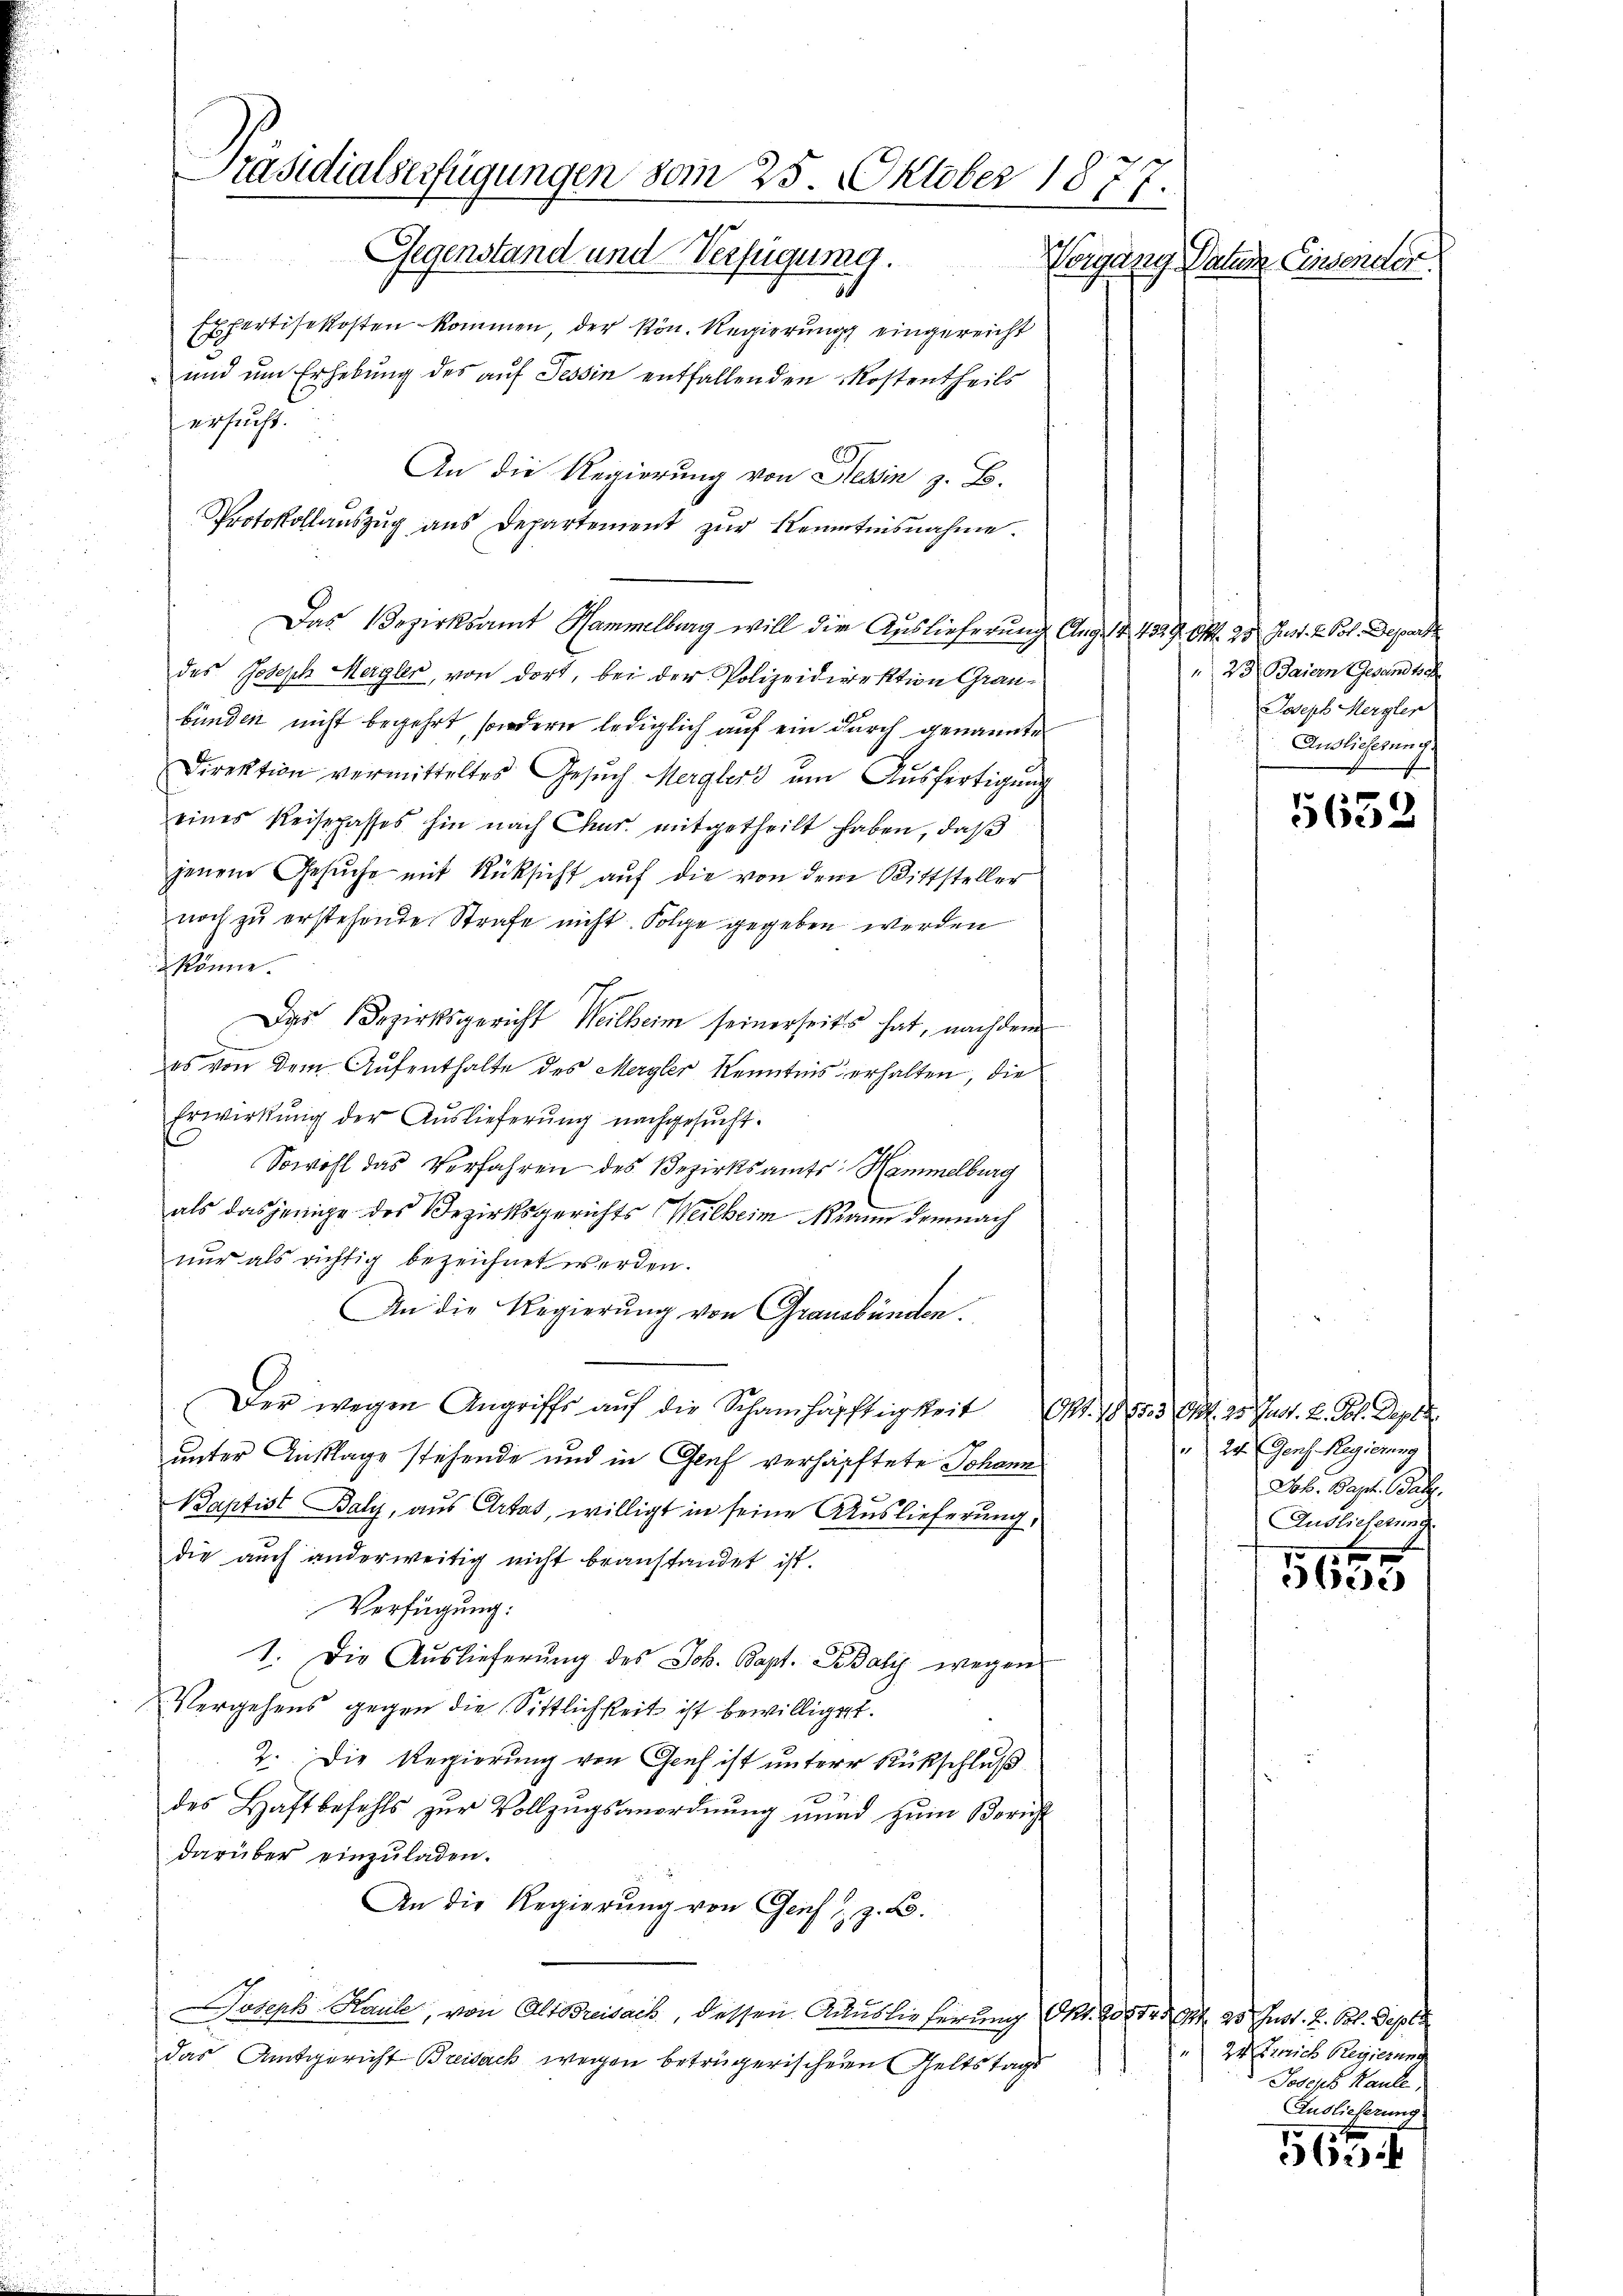
Präsidialserfügungen vom 25. Oktober 1877.
Gegenstand und Verfügung.
Norgang Vater Einsender.

Expertisekosten kommen, der kön. Regierung eingereicht
und um Erhebung des auf Tessin entfallenden Kostentheils
ersucht.
An die Regierung von Tessin z. B.
Das Bezirksamt Hammelburg will die Auslieferung Aug. 14. 4329. Okt. 25. Just. 2 Pol. Depart
des Joseph Mergler, von dort, bei der Polizeidirektion Graubunden nicht begehrt, sondern lediglich auf ein durch genannte
Direktion vermitteltes Gesŭch Merglers ŭm Aŭsfertigŭng
eines Reisehasses hin nach Chur mitgetheilt haben, daβ
jenem Gesŭche mit Rücksicht aŭf die von dem Bittsteller
noch zu erstehende Strafe nicht. Folge gegeben werden
könne.
Das Bezirksgericht Weilheim seinerseits hat, nach dem
es von dem Aufenthalte des Mergler Kenntnis erhalten, die
Erwirkŭng der Auslieferŭng nachgesŭcht.
Sowohl das Verfahren des Bezirksamts: Hammelburg
als dasjenige des Bezirksgerichts (Weilheim Mann demnach
nur als richtig bezeichnet werden.
An die Regierung von Graubünden.
Der wegen Angriffe auf die Schamhäftigkeit . . 103 Al. 2. Jun. 2. Jos. Deper.
unter Anklage stehende und in Graf verhälftete Johann
3x
Baptist Baly, aus Artas, willigt in seine Auslieferung,
die auch anderweitig nicht beanstandet ist.
Verfügung:
1. Die Auslieferung des Job. Bapt. Sebaly wegen
Vergehens gegen die Sittlichkeit ist bewilliget.
2. Die Regierung von Genf ist untere Rückschluß
des Haftbefehls zur Vollzugsanordnung und zum Bericht
darüber einzuladen.
An die Regierung von Genf z. B.
oseph Haule, von Alt Breisack, dessen Auslieferung Okt. 200 Fr. S. 23. Just. 2. Obl. Septe
das Amtsgericht Breisack wegen betrügerischern Geltstags

Protokollaŭszŭg aŭs Departement zŭr Kenntnisnahme.

23. Maiern Gesandtsch
Joseph Mergler
Anglicherung

5632

24. Genf. Regierung
Dob. Bapt. Balg
Endlicherung

2
Flösse

Zu Errich Regierung
Joseph Kaule
Auslieferung.

d
563